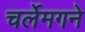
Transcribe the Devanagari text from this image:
चर्लेमगने